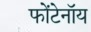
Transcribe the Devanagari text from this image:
फोंटेनॉय